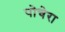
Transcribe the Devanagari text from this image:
पोचेरा